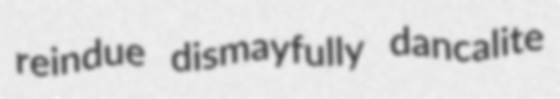
reindue dismayfully dancalite